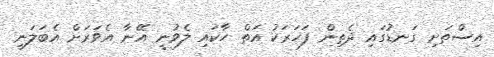
އިސްތަށި ގަނޑުގައި ދެތިން ފަހަރަކު އަތް ހާކައި ލެވުނީ އޭނާ އެވަރަށް އެބަލަނީ